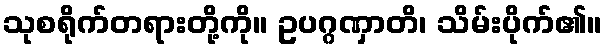
သုစရိုက်တရားတို့ကို။ ဥပဂ္ဂဏှာတိ၊ သိမ်းပိုက်၏။